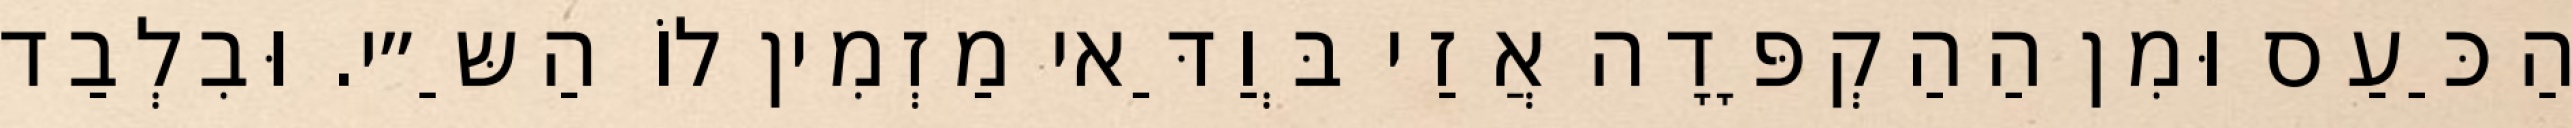
הַכַּעַס וּמִן הַהַקְפָּדָה אֲזַי בְּוַדַּאי מַזְמִין לוֹ הַשַּ״י. וּבִלְבַד